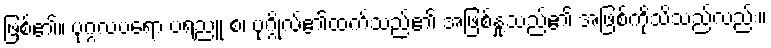
ဖြစ်၏။ ပုဂ္ဂလပရော ပရညူ စ၊ ပုဂ္ဂိုလ်၏ထက်သည်၏ အဖြစ်နှုံ့သည်၏ အဖြစ်ကိုသိသည်လည်း။